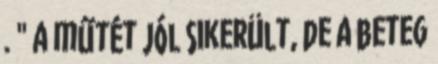
. " a műtét jól sikerült, de a beteg